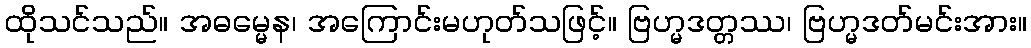
ထိုသင်သည်။ အဓမ္မေန၊ အကြောင်းမဟုတ်သဖြင့်။ ဗြဟ္မဒတ္တဿ၊ ဗြဟ္မဒတ်မင်းအား။